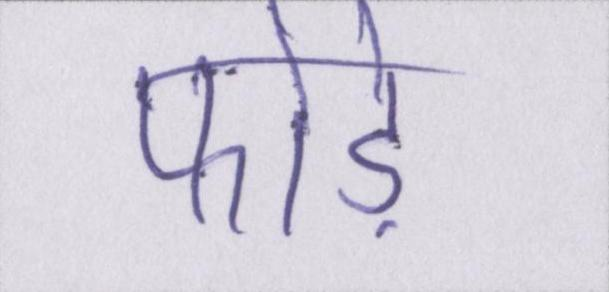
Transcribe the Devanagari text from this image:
फोड़े